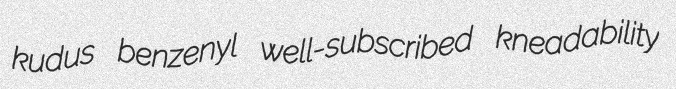
kudus benzenyl well-subscribed kneadability